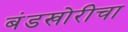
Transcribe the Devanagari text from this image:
बंडखोरीचा